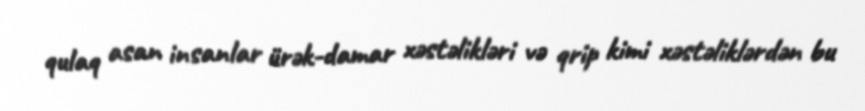
qulaq asan insanlar ürək-damar xəstəlikləri və qrip kimi xəstəliklərdən bu